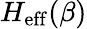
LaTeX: H_{\mathrm{eff}}(\beta)